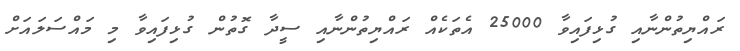
ރައްޔިތުންނާއި ގުޅިފައިވާ 25000 އެތަކެއް ރައްޔިތުންނާއި ސީދާ ގޮތުން ގުޅިފައިވާ މި މައްސަލައަށް